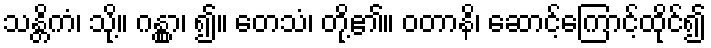
သန္တိကံ၊ သို့။ ဂန္တွာ၊ ၍။ တေသံ၊ တို့၏။ ဝတာနိ၊ ဆောင့်ကြောင့်ထိုင်၍